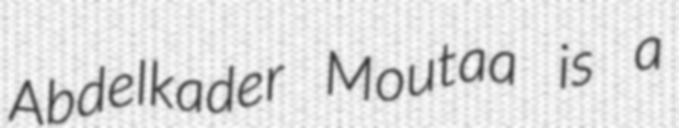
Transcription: Abdelkader Moutaa is a